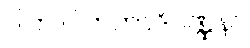
ဂါဟ ဂါဟကာဒိဝဏ္ဏနာ